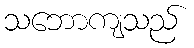
သဘောကျသည်